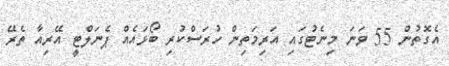
އެގޮތުން 55 ވަނަ މިނެޓުގައި އަރިމަތިން ހުރަސްކުރި ބޯޅައެއް ޕެނަލްޓީ އޭރިއާ ތެރޭ